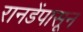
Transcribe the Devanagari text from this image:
रानडेंपासून